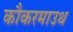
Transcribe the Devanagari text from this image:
कौकरमाउथ